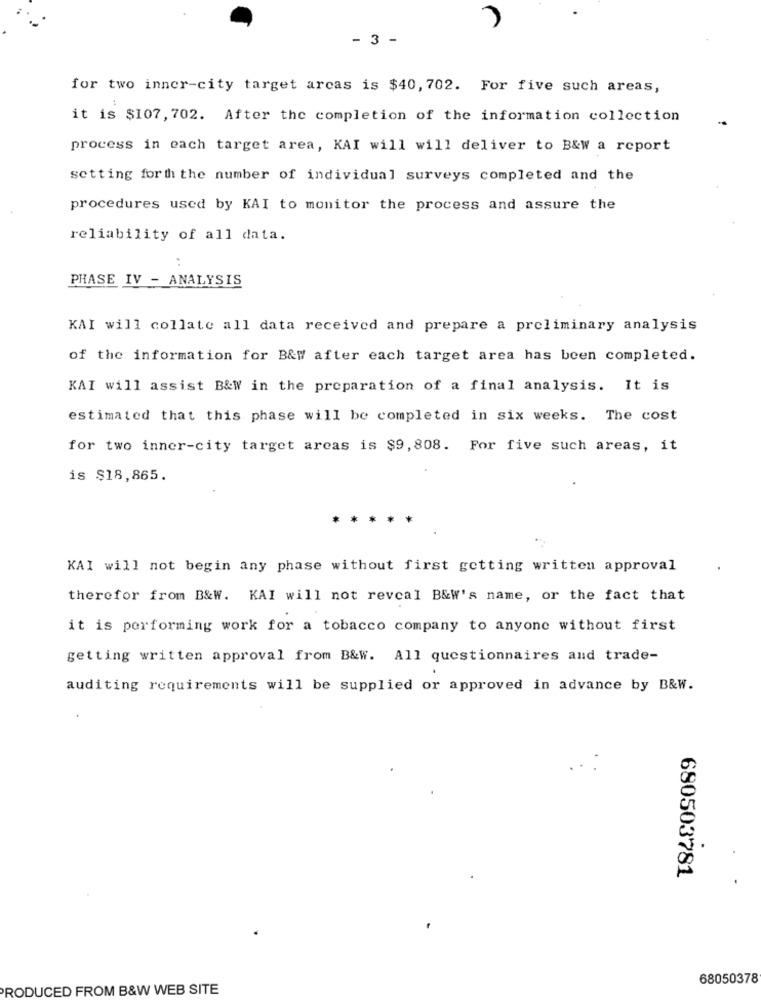
- 3 -
for two inner-city target arcas is $40, 702. For five such areas,
it is $107, 702. After the completion of the information collection
process in each target area, KAI will will deliver to B&W a report
setting forth the number of individual surveys completed and the
procedures used by KAI to monitor the process and assure the
reliability of all data.
PHASE IV - ANALYSIS
KAI will collate all data received and prepare a preliminary analysis
of the information for B&W after each target area has been completed.
KAI will assist B&W in the preparation of a final analysis. It is
estimated that this phase will be completed in six weeks. The cost
for two inner-city target areas is $9,808. For five such areas, it
is $18,865.
KAI will not begin any phase without first getting written approval
therefor from B&W. KAI will not reveal B&W's name, or the fact that
it is performing work for a tobacco company to anyone without first
getting written approval from B&W. All questionnaires and trade-
auditing requirements will be supplied or approved in advance by B&W.
680503781
68050378
PRODUCED FROM B&W WEB SITE